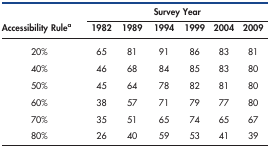
<table><thead><tr><td rowspan="2"><b>Accessibility Rulea</b></td><td colspan="6"><b>Survey Year</b></td></tr><tr><td><b>1982</b></td><td><b>1989</b></td><td><b>1994</b></td><td><b>1999</b></td><td><b>2004</b></td><td><b>2009</b></td></tr></thead><tbody><tr><td>20%</td><td>65</td><td>81</td><td>91</td><td>86</td><td>83</td><td>81</td></tr><tr><td>40%</td><td>46</td><td>68</td><td>84</td><td>85</td><td>83</td><td>80</td></tr><tr><td>50%</td><td>45</td><td>64</td><td>78</td><td>82</td><td>81</td><td>80</td></tr><tr><td>60%</td><td>38</td><td>57</td><td>71</td><td>79</td><td>77</td><td>80</td></tr><tr><td>70%</td><td>35</td><td>51</td><td>65</td><td>74</td><td>65</td><td>67</td></tr><tr><td>80%</td><td>26</td><td>40</td><td>59</td><td>53</td><td>41</td><td>39</td></tr></tbody></table>